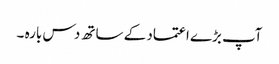
آپ بڑے اعتماد کے ساتھ دس بارہ ۔